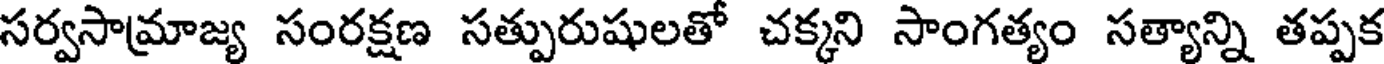
సర్వసామ్రాజ్య సంరక్షణ సత్పురుషులతో చక్కని సాంగత్యం సత్యాన్ని తప్పక